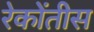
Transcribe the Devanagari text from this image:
रेकोंतीस